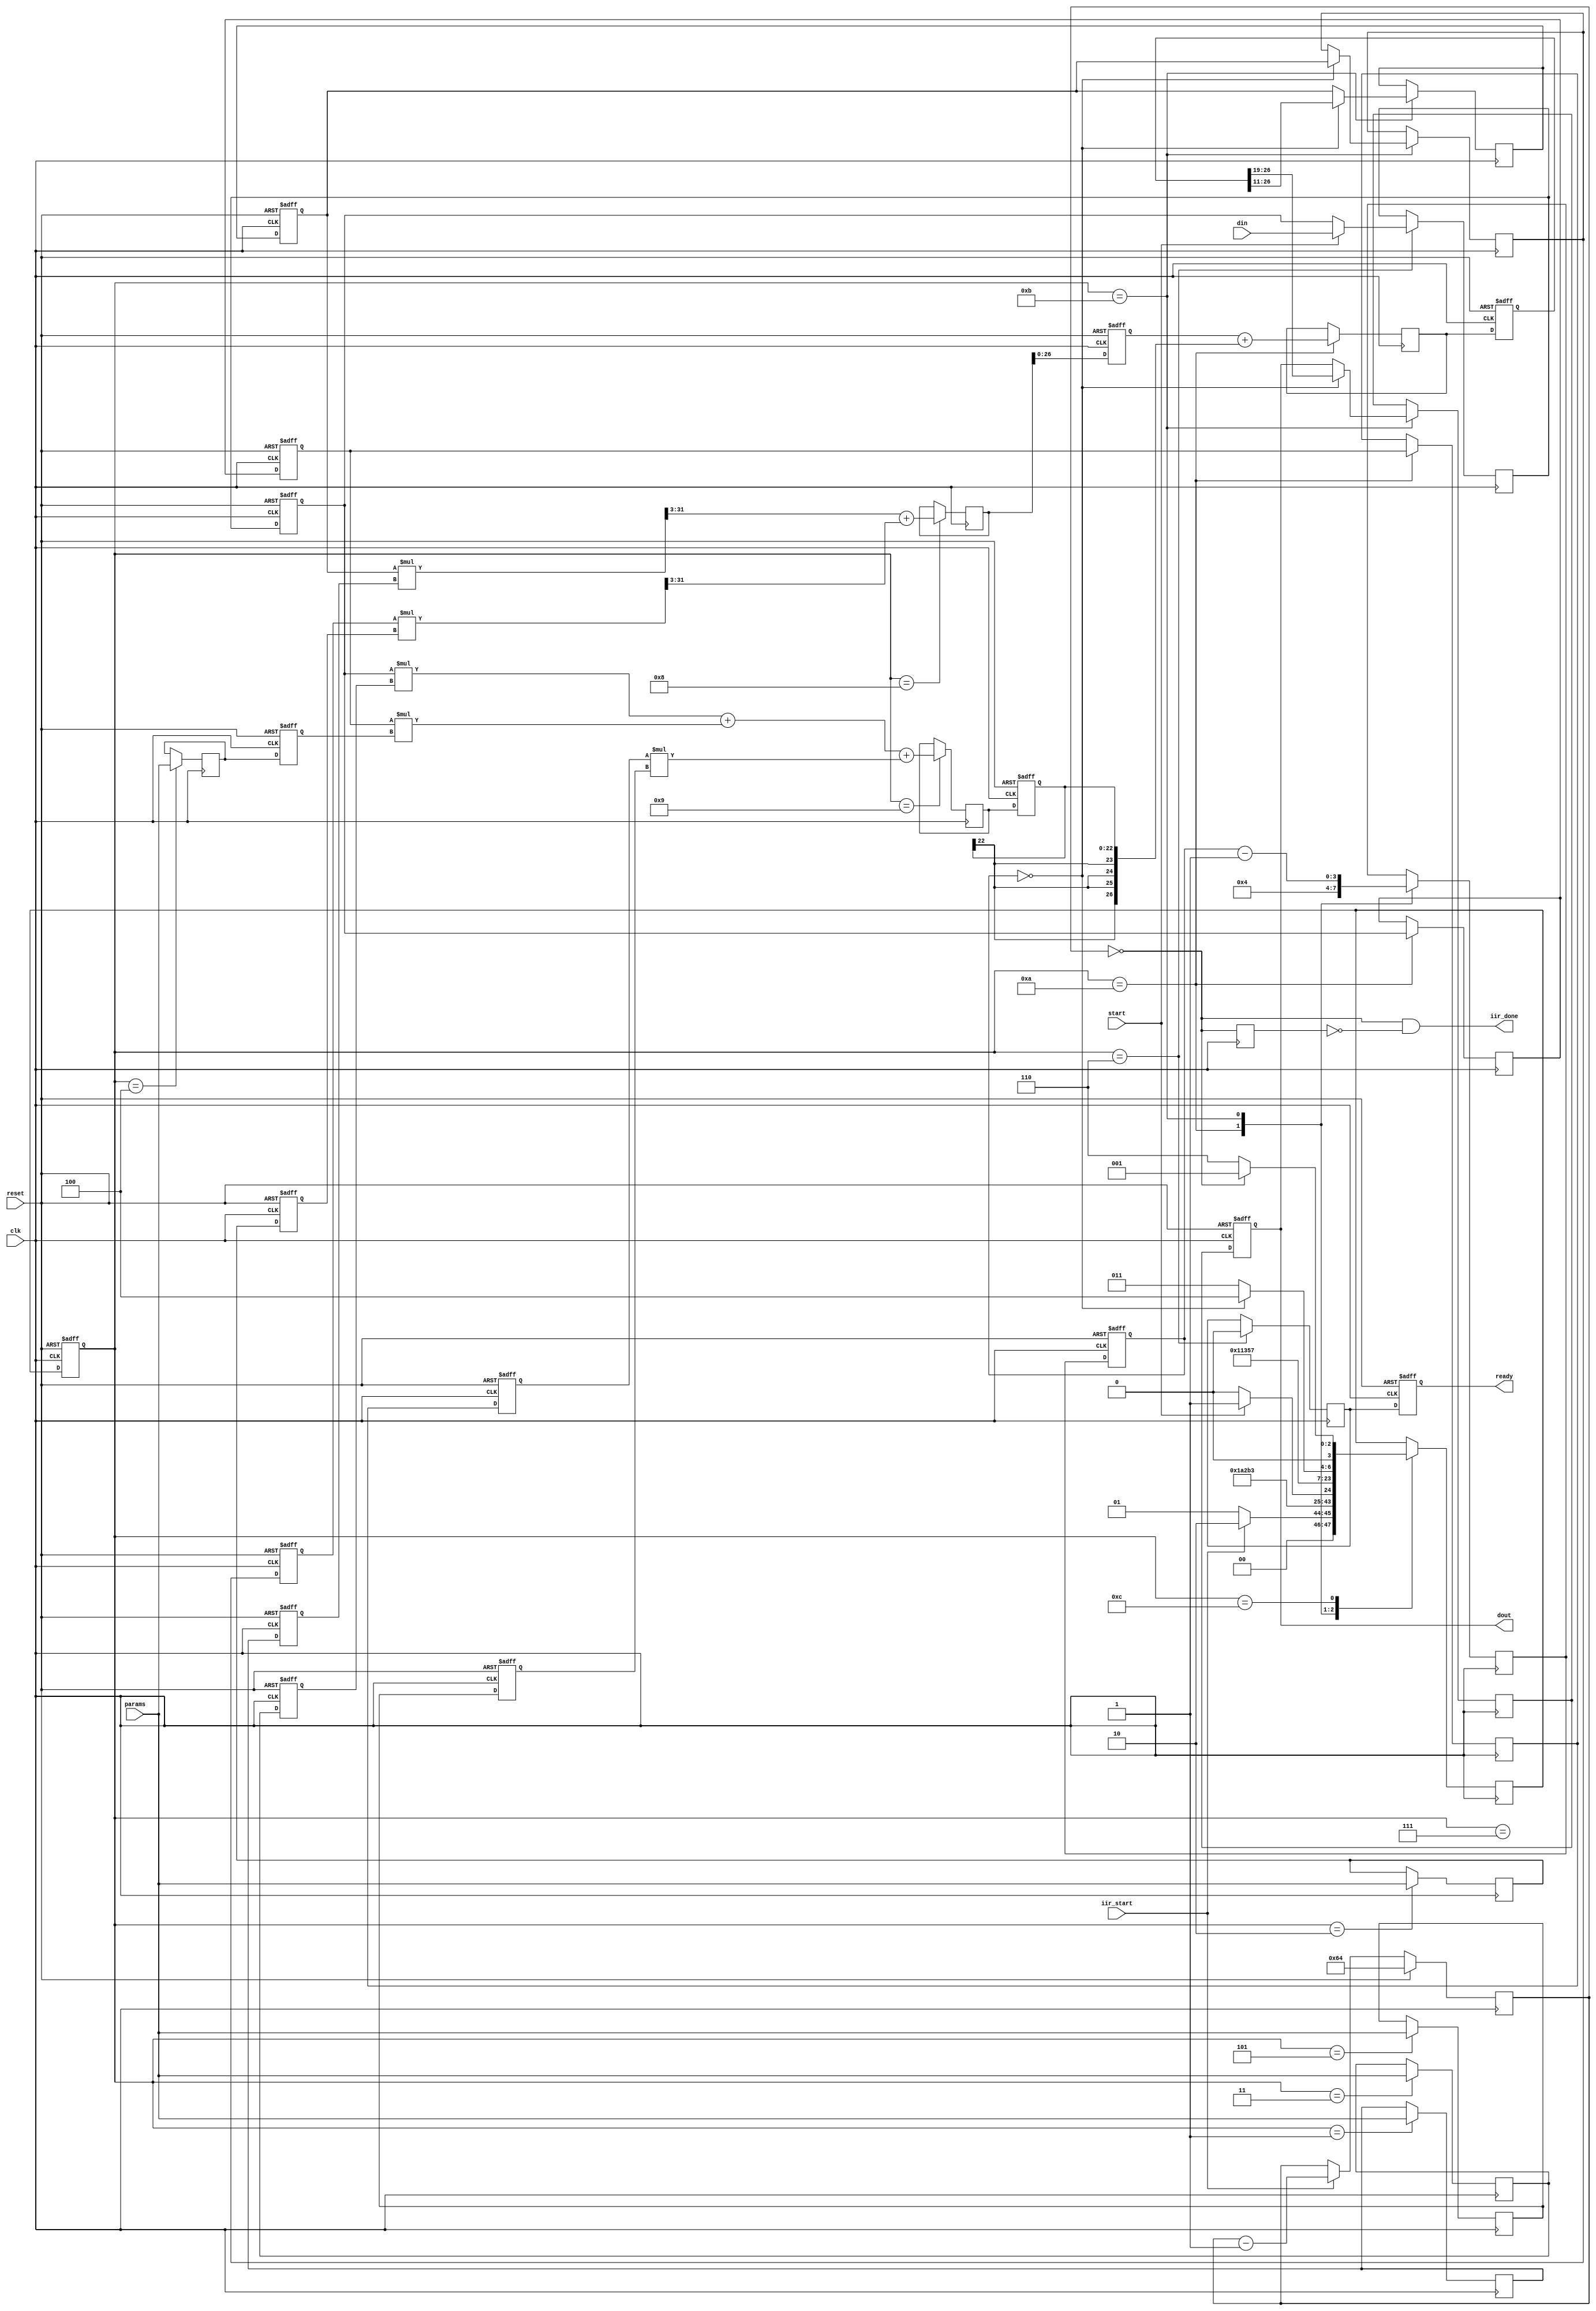
module iir (clk, reset, start, din, params, dout, ready,iir_start,iir_done);
input clk, reset, start;
input [7:0] din;
input [15:0] params;
output [7:0] dout;
reg [7:0] dout;
output ready;
reg ready;
reg temp_ready;
reg [6:0] finite_counter;
wire count0;
input iir_start;
output iir_done;
wire iir_done;
reg del_count0;

reg [15:0] a1, a2, b0, b1, b2, yk1, yk2;
reg [7:0] uk, uk1, uk2 ;
reg [28:0] ysum ;
reg [26:0] yk ;
reg [22:0] utmp;
reg [3:0] wait_counter ;
// temporary variable
wire [31:0] yo1, yo2;
//wire [23:0] b0t, b1t, b2t;
wire [22:0] b0t, b1t, b2t;
wire [22:0] b0tpaj, b1tpaj, b2tpaj;

reg [3:0] obf_state, obf_next_state ;

reg [7:0] temp_uk, temp_uk1, temp_uk2 ;
reg [15:0] temp_a1, temp_a2, temp_b0, temp_b1, temp_b2, temp_yk1, temp_yk2;
reg [28:0] temp_ysum ;
reg [26:0] temp_yk ;
reg [22:0] temp_utmp;
reg [7:0] temp_dout;
reg [3:0] temp_wait_counter ;

parameter 
idle = 4'b0001 ,
load_a2 = 4'b0010 ,
load_b0 = 4'b0011 ,
load_b1 = 4'b0100 ,
load_b2 = 4'b0101 ,
wait4_start = 4'b0110 , 
latch_din = 4'b0111 ,
compute_a = 4'b1000 ,
compute_b = 4'b1001 ,
compute_yk = 4'b1010 ,
wait4_count = 4'b1011 ,
latch_dout = 4'b1100 ;

always @(posedge clk) 
begin
	case (obf_state ) 
		idle : 
			begin
				if (iir_start)
					obf_next_state <= load_a2 ;
				else
					obf_next_state <= idle;
				temp_a1 <= params ; 
			end
		load_a2 :
			begin
				 obf_next_state <= load_b0 ;
				 temp_a2 <= params ; 
			end
		load_b0 : 
			begin
				obf_next_state <= load_b1 ;
				temp_b0 <= params ; 
			end
		load_b1 : 
			begin
				obf_next_state <= load_b2 ;
				temp_b1 <= params ; 
			end
		load_b2 : 
			begin
				obf_next_state <= wait4_start ;
				temp_b2 <= params ; 
			end
		wait4_start : 
			begin
				if (start)
				begin
					obf_next_state <= latch_din ;
					temp_uk <= din ; 
				end
				else
				begin
					obf_next_state <= wait4_start ;
					temp_uk <= uk;
				end
				temp_ready <= wait4_start;
			end
		latch_din : 
			begin
				obf_next_state <= compute_a ;
			end
		compute_a : 
			begin
				obf_next_state <= compute_b ;

				temp_ysum <= yo1[31:3] + yo2[31:3];
			end
		compute_b : 
			begin
				obf_next_state <= compute_yk ;

//				temp_utmp <= b0t[23:0] + b1t[23:0] + b2t[23:0];
				temp_utmp <= b0t + b1t + b2t;
			end
		compute_yk : 
			begin
				obf_next_state <= wait4_count ;
				temp_uk1 <= uk ;
				temp_uk2 <= uk1 ;
				temp_yk <= ysum[26:0] + {utmp[22], utmp[22], utmp[22], utmp[22], utmp};
				temp_wait_counter <= 4 ;
			end

		wait4_count : 
			begin
				if (wait_counter==0 )
				begin
					obf_next_state <= latch_dout ;

					temp_dout <= yk[26:19];
					temp_yk1 <= yk[26:11] ;
					temp_yk2 <= yk1 ;
				end
				else
				begin
					obf_next_state <= wait4_count ; 
					temp_dout <= dout;
					temp_yk1 <= yk1;
					//temp_yk2 <= yk2;
				end

				temp_wait_counter <= wait_counter - 1;
			end
		latch_dout : 
				if (count0)
					obf_next_state <= idle;
				else 
					obf_next_state <= wait4_start ;
	endcase
end 



//assign yo1 = mul_tc_16_16(yk1, a1, clk);
assign yo1 = yk1 * a1;
//assign yo2 = mul_tc_16_16(yk2, a2, clk);
assign yo2 = yk2*a2;
//assign b0t = mul_tc_8_16(uk, b0, clk);
//assign b1t = mul_tc_8_16(uk1, b1, clk);
//assign b2t = mul_tc_8_16(uk2, b2, clk);
assign b0t = uk*b0;
assign b1t = uk1*b1;
assign b2t = uk2*b2;
// paj added to solve unused high order bit
assign b0tpaj = b0t;
assign b1tpaj = b1t;
assign b2tpaj = b2t;

// A COEFFICENTS
always @(posedge clk or posedge reset) begin
	if (reset ) begin
		uk <= 0 ;
		uk1 <= 0 ;
		uk2 <= 0 ;
		yk1 <= 0 ;
		yk2 <= 0 ;
		yk <= 0 ;
		ysum <= 0 ;
		utmp <= 0 ;
		a1 <= 0 ;
		a2 <= 0 ;
		b0 <= 0 ;
		b1 <= 0 ;
		b2 <= 0 ;
		dout <= 0 ;
		obf_state <= idle ;
		ready <= 0;
	end
	else begin
		obf_state <= obf_next_state ;
		uk1 <= temp_uk1;
		uk2 <= temp_uk2;
		yk <= temp_yk;
		uk <= temp_uk ;
		a1 <= temp_a1 ; 
		a2 <= temp_a2 ; 
		b0 <= temp_b0 ; 
		b1 <= temp_b1 ; 
		b2 <= temp_b2 ; 
		ysum <= temp_ysum;
		utmp <= temp_utmp;
		dout <= temp_dout;
		yk1 <= temp_yk1;
		yk2 <= temp_yk2;
		ready <= temp_ready;
	end
end

// wait counter, count 4 clock after sum is calculated, to 
// time outputs are ready, and filter is ready to accept next
// input
always @(posedge clk or posedge reset ) begin
	if (reset )
		wait_counter <= 0 ;
	else begin
		wait_counter <= temp_wait_counter ;
	end
end

always @(posedge clk) begin
	if (reset)
		finite_counter<=100;
	else 
		if (iir_start) 
			finite_counter<=finite_counter -1;
		else 
			finite_counter<=finite_counter;
end

assign count0=finite_counter==7'b0;

always @(posedge clk) begin
	del_count0 <= count0;
end

assign iir_done = (count0 && ~del_count0); 

endmodule